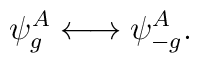
\psi^A_{g}\longleftrightarrow \psi^A_{-g}.